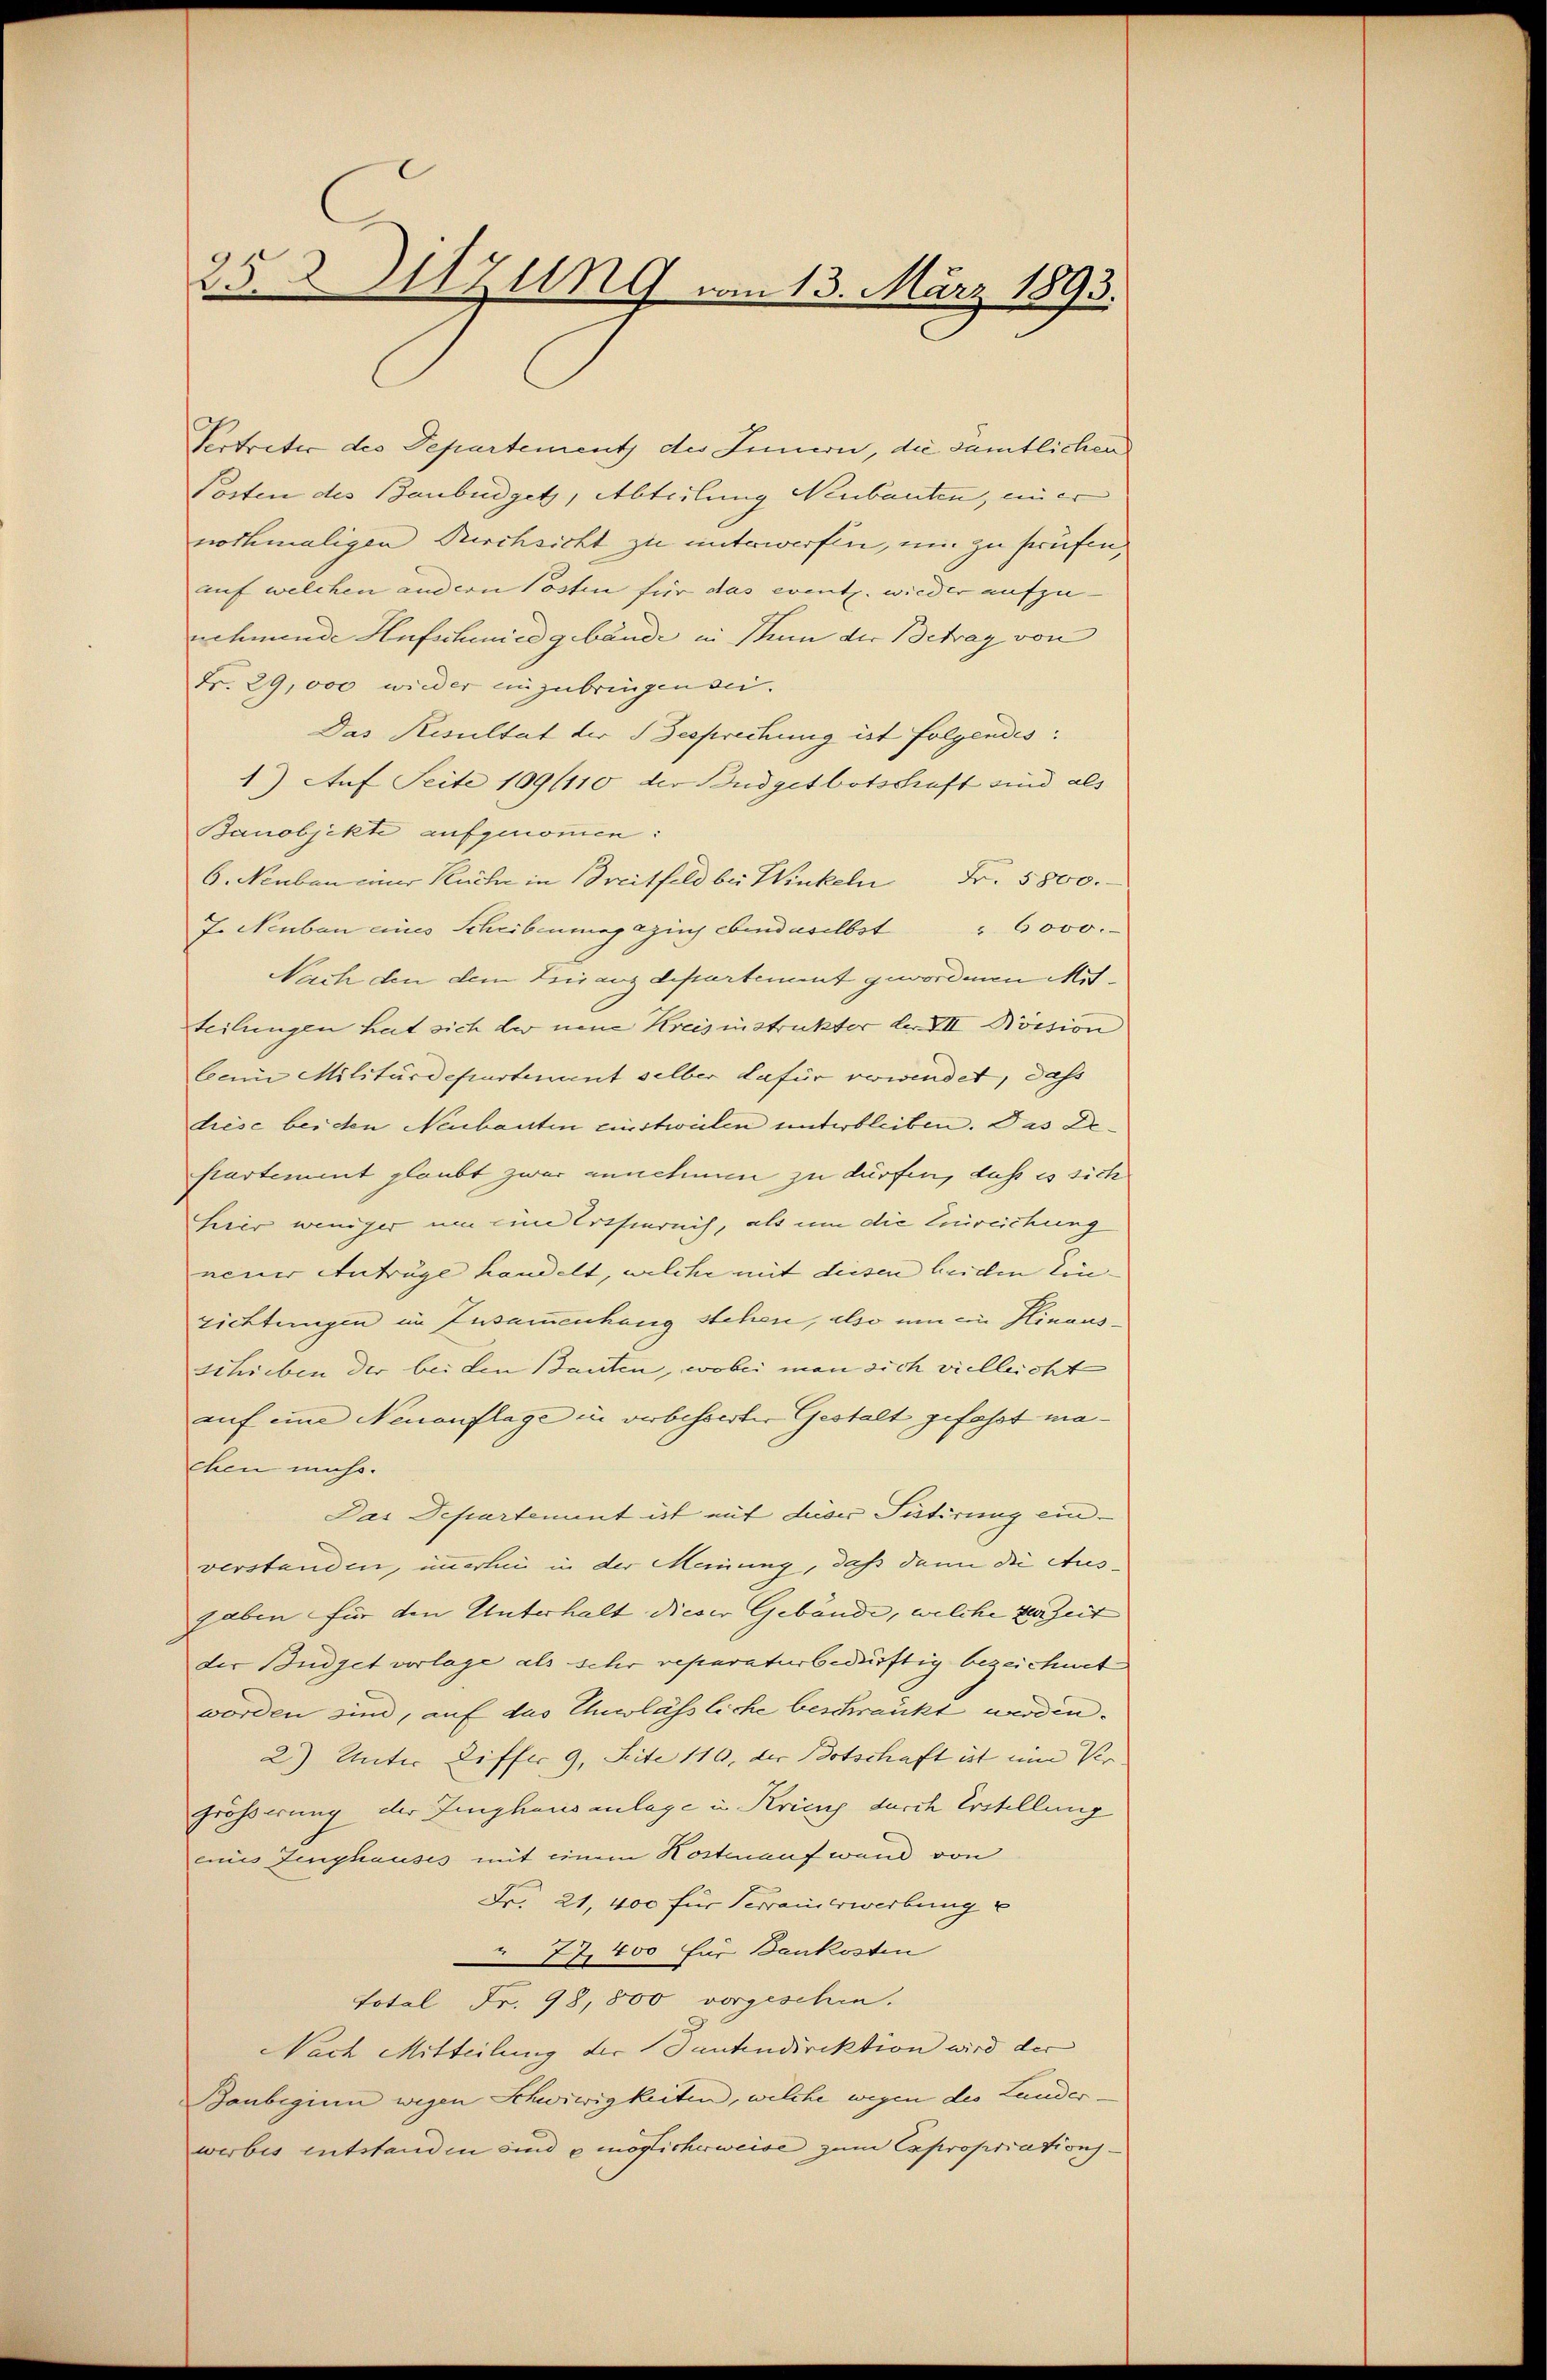
252 Wzung am 13. März 1893.

Vertretic des Departement, des Innern, die sämtlichen
Posten des Banbüdgetz, Abteilung Neubauten, uner
nochmaligen Kirchsicht zu unterwerfen, um zu sprüfen,
auf welchen andern Posten für das event. wieder aufzu-
nehmende Hufschmied gebäude in Thun der Betrag von
Fr. 29,000 wieder einzubringen sei.
Das Resultat der Besprechung ist folgendes:
1) Auf Seite 109/110 der Budgetbotschaft sind als
Banobjekte aufgenommen:
6. Neuben einer Küche in Breitfeld bei Winkeln Fr. 5800.
J. Neubau eines Schribenmagazins ebendaselbst " 6000.
Nach den dem Leinanzdepartement gewordenen Mitteilungen hat sich der neue Kreisinstrukter der III Kössion
Cain Militärdepartenant selber dafür verwindet, dass
diese beiden Neubauten curtweilen unterbleiben. Das Departement glaubt zwar annehmen zu dürfen, daß es sich
heer weniger um eine Ertsinruis, als um die Einreichung
neuer Anträge handelt, welche mit diesen beiden Ein-
richtungen im Zusammenhang stehen, also um ein Hinausschieben der bei den Bauten, wobei man sich vielleicht
auf eine Neuauflage in verbesserter Gestalt gefasst machen muss.
Das Departement ist mit deser Petirung einverstanden, immerlei in der Meinung, daß dann die Ausgaben für den Unterhalt dieser Gebäude, welche der Zeit
der Budget vorlage als sehr reparaturbedürftig bezeichnet
worden sind, auf das Unerlässliche beschränkt werden.
2) Unter Liffer 9. Seite 110, der Botschaft ist ein Ver- |
Grösserung der Linghausanlage in Kriens durch Erstellung
ennis Zeughauses mit einem Kostenaufwand von
Fr. 21, 400 für Veranderwerbung
 77. 400 für Baukosten
total Fr. 98,800 vorgeschie¬
Nach Mitteilung der Tantendirektion wird der
Banbeginn wegen Schwiwigkeiten, welche wegen des Landerwerbes entstanden sind u möglicherweise zum Expropriations¬